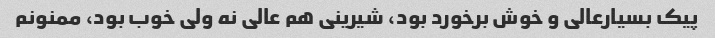
پیک بسیارعالی و خوش برخورد بود، شیرینی هم عالی نه ولی خوب بود، ممنونم